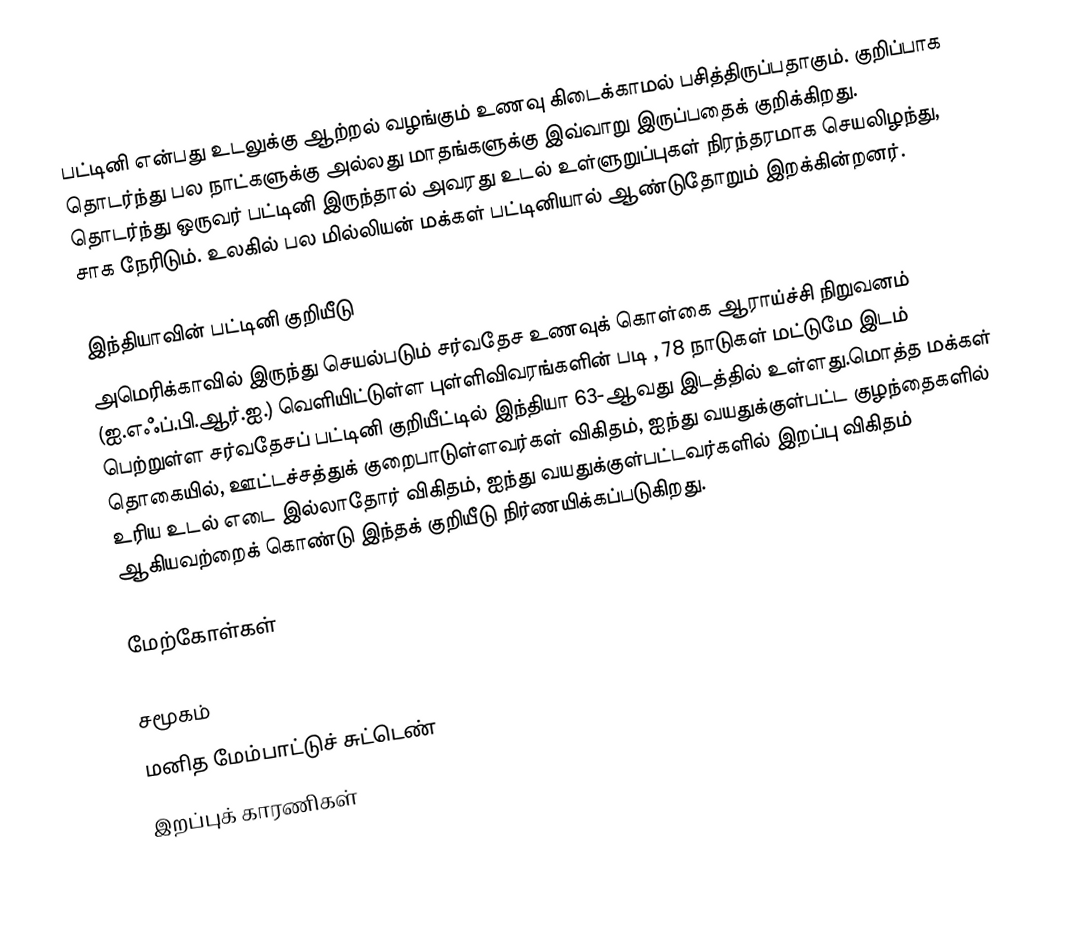
பட்டினி என்பது உடலுக்கு ஆற்றல் வழங்கும் உணவு கிடைக்காமல் பசித்திருப்பதாகும்.  குறிப்பாக தொடர்ந்து பல நாட்களுக்கு அல்லது மாதங்களுக்கு இவ்வாறு இருப்பதைக் குறிக்கிறது. தொடர்ந்து ஒருவர் பட்டினி இருந்தால் அவரது உடல் உள்ளுறுப்புகள் நிரந்தரமாக செயலிழந்து, சாக நேரிடும்.  உலகில் பல மில்லியன் மக்கள் பட்டினியால் ஆண்டுதோறும் இறக்கின்றனர்.

இந்தியாவின் பட்டினி குறியீடு
அமெரிக்காவில் இருந்து செயல்படும் சர்வதேச உணவுக் கொள்கை ஆராய்ச்சி நிறுவனம் (ஐ.எஃப்.பி.ஆர்.ஐ.) வெளியிட்டுள்ள புள்ளிவிவரங்களின் படி , 78 நாடுகள் மட்டுமே இடம் பெற்றுள்ள சர்வதேசப் பட்டினி குறியீட்டில்  இந்தியா 63-ஆவது இடத்தில் உள்ளது.மொத்த மக்கள் தொகையில், ஊட்டச்சத்துக் குறைபாடுள்ளவர்கள் விகிதம், ஐந்து வயதுக்குள்பட்ட குழந்தைகளில் உரிய உடல் எடை இல்லாதோர் விகிதம், ஐந்து வயதுக்குள்பட்டவர்களில் இறப்பு விகிதம் ஆகியவற்றைக் கொண்டு இந்தக் குறியீடு நிர்ணயிக்கப்படுகிறது.

மேற்கோள்கள்

சமூகம்
மனித மேம்பாட்டுச் சுட்டெண்
இறப்புக் காரணிகள்